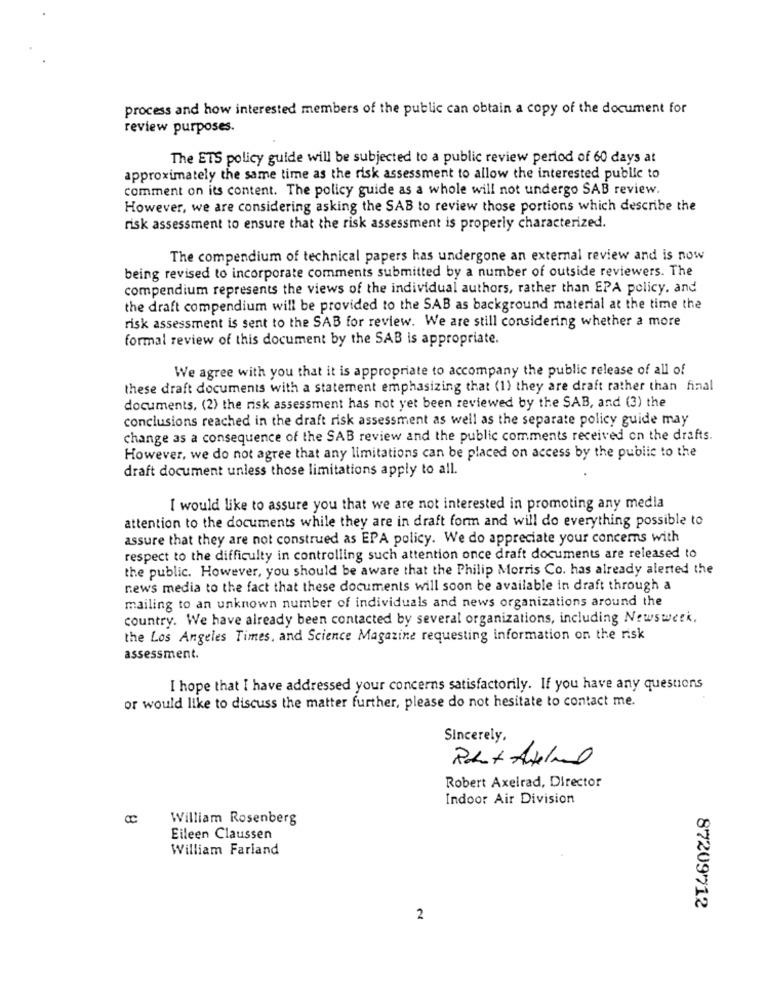
process and how interested members of the public can obtain a copy of the document for
review purposes.
The ETS policy guide will be subjected to a public review period of 60 days at
approximately the same time as the risk assessment to allow the interested public to
comment on its content. The policy guide as a whole will not undergo SAB review.
However, we are considering asking the SAB to review those portions which describe the
risk assessment to ensure that the risk assessment is properly characterized.
The compendium of technical papers has undergone an external review and is now
being revised to incorporate comments submitted by a number of outside reviewers. The
compendium represents the views of the individual authors, rather than EPA policy. and
the draft compendium will be provided to the SAB as background material at the time the
risk assessment is sent to the SAB for review. We are still considering whether a more
formal review of this document by the SAB is appropriate.
We agree with you that it is appropriate to accompany the public release of all of
these draft documents with a statement emphasizing that (1) they are draft rather than final
documents, (2) the risk assessment has not yet been reviewed by the SAB, and (3) the
conclusions reached in the draft risk assessment as well as the separate policy guide may
change as a consequence of the SAB review and the public comments received on the drafts.
However, we do not agree that any limitations can be placed on access by the public to the
draft document unless those limitations apply to all.
I would like to assure you that we are not interested in promoting any media
attention to the documents while they are in draft form and will do everything possible to
assure that they are not construed as EPA policy. We do appreciate your concerns with
respect to the difficulty in controlling such attention once draft documents are released to
the public. However, you should be aware that the Philip Morris Co. has already alerted the
news media to the fact that these documents will soon be available in draft through a
mailing to an unknown number of individuals and news organizations around the
country. We have already been contacted by several organizations, including Newsweek.
the Los Angeles Times, and Science Magazine requesting information on the risk
assessment.
I hope that I have addressed your concerns satisfactorily. If you have any questions
or would like to discuss the matter further, please do not hesitate to contact me.
Sincerely,
Robert Axelrad, Director
Indoor Air Division
William Rosenberg
Eileen Claussen
William Farland
87209712
2